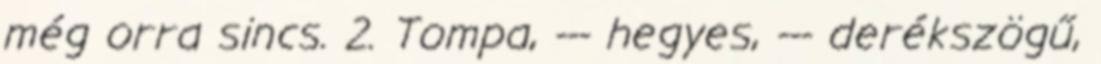
még orra sincs. 2. Tompa, --- hegyes, --- derékszögű,